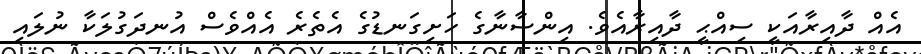
އެއް ދާއިރާއަކީ ސިއްޙީ ދާއިރާއެވެ. އިންސާނާގެ ހަށިގަނޑުގެ އެތެރެ އެއްވެސް އުނދަގުލަކާ ނުލައި